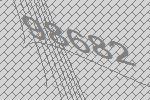
98682